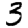
Digit: 3